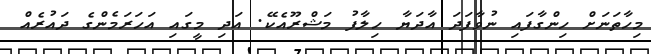
މިހާތަނަށް ހިންގާފައި ނުވާފަދަ އާދަޔާ ހިލާފު މަޝްރޫއެކޭ. އަދި މީގައި އަހަރަމެންގެ ދައުރެއް